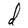
Character: d